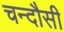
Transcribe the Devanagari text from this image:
चन्‍दौसी